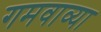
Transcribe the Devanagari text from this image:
गमवाव्या